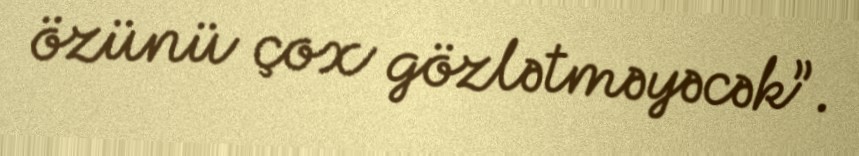
özünü çox gözlətməyəcək”.